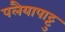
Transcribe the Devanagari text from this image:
पलैयापाट्टु